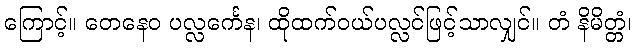
ကြောင့်။ တေနေဝ ပလ္လင်္ကေန၊ ထိုထက်ဝယ်ပလ္လင်ဖြင့်သာလျှင်။ တံ နိမိတ္တံ၊